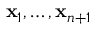
\mathbf { x } _ { 1 } , \ldots , \mathbf { x } _ { n + 1 }